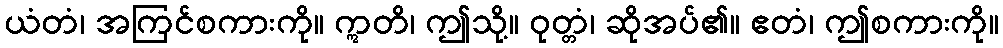
ယံတံ၊ အကြင်စကားကို။ ဣတိ၊ ဤသို့။ ဝုတ္တံ၊ ဆိုအပ်၏။ ဧတံ၊ ဤစကားကို။